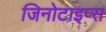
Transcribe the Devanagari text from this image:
जिनोटाइप्स